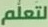
لتعلم